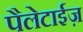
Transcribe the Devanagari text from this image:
पैलेटाईज़